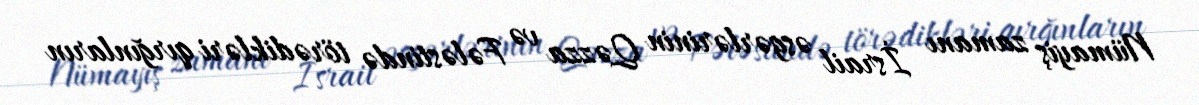
Nümayiş zamanı İsrail əsgərlərinin Qəzza və Fələstində törədikləri qırğınların